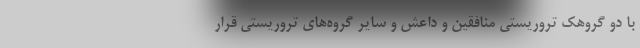
با دو گروهک تروریستی منافقین و داعش و سایر گروه‌های تروریستی قرار